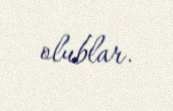
olublar.